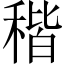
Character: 稭